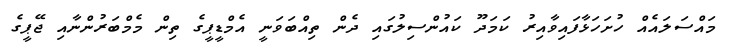
މައްސަލައެއް ހުށަހަޅާފައިވާއިރު ކަމަދޫ ކައުންސިލުގައި ދެން ތިއްބަވަނީ އެމްޑީޕީގެ ތިން މެމްބަރުންނާއި ޖޭޕީގެ